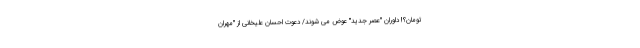
تومان؟! داوران "عصر جدید" عوض می شوند/ دعوت احسان علیخانی از "مهران